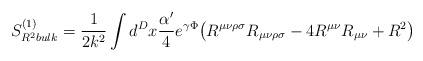
LaTeX: \begin{align*}S^{(1)}_{R^2 bulk}=\frac{1}{2k^2}\int d^Dx\frac{\alpha^\prime}{4}e^{\gamma\Phi}\bigl(R^{\mu\nu\rho\sigma}R_{\mu\nu\rho\sigma}-4R^{\mu\nu}R_{\mu\nu}+R^2\bigr)\end{align*}